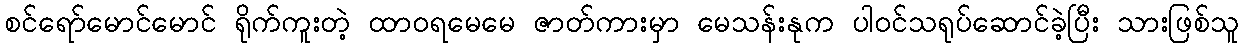
စင်ရော်မောင်မောင် ရိုက်ကူးတဲ့ ထာဝရမေမေ ဇာတ်ကားမှာ မေသန်းနုက ပါဝင်သရုပ်ဆောင်ခဲ့ပြီး သားဖြစ်သူ